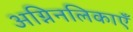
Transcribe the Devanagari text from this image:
अग्निनलिकाएँ